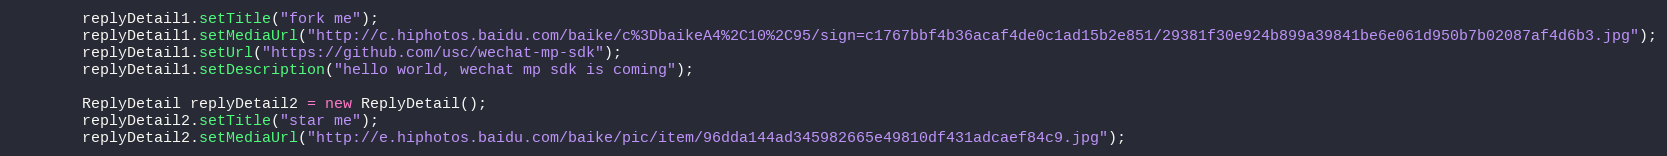
Language: Java
        replyDetail1.setTitle("fork me");
        replyDetail1.setMediaUrl("http://c.hiphotos.baidu.com/baike/c%3DbaikeA4%2C10%2C95/sign=c1767bbf4b36acaf4de0c1ad15b2e851/29381f30e924b899a39841be6e061d950b7b02087af4d6b3.jpg");
        replyDetail1.setUrl("https://github.com/usc/wechat-mp-sdk");
        replyDetail1.setDescription("hello world, wechat mp sdk is coming");

        ReplyDetail replyDetail2 = new ReplyDetail();
        replyDetail2.setTitle("star me");
        replyDetail2.setMediaUrl("http://e.hiphotos.baidu.com/baike/pic/item/96dda144ad345982665e49810df431adcaef84c9.jpg");